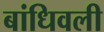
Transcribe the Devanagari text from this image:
बांधिवली